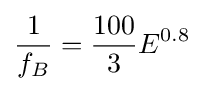
{\frac {1}{f_{B}}}={\frac {100}{3}}E^{0.8}